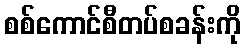
စစ်ကောင်စီတပ်စခန်းကို